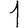
Digit: 1